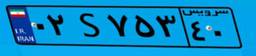
۰۲S۷۵۳۴۰